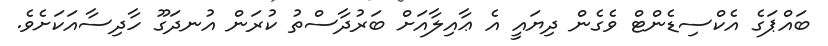
ބައްޕަގެ އެކްސިޑެންޓް ވެގެން ދިޔައީ އެ ޢާއިލާއަށް ބަރުދާސްތު ކުރަން އުނދަގޫ ހާދިސާއަކަށެވެ.